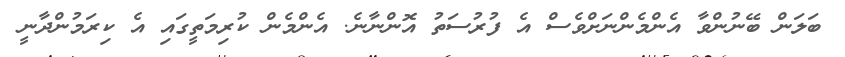
ބަލަން ބޭނުންވާ އެންމެންނަށްވެސް އެ ފުރުސަތު އޮންނާނެ. އެންމެން ކުރިމަތީގައި އެ ކިރަމުންދާނީ